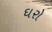
ઘરો